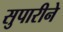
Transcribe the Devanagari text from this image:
सुपारीने